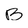
Character: B